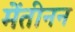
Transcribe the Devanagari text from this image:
मेंतीनन